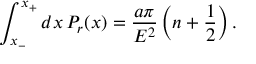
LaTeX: \int _ { x _ { - } } ^ { x _ { + } } d x \, P _ { r } ( x ) = { \frac { a \pi } { E ^ { 2 } } } \left( n + \frac 1 2 \right) .